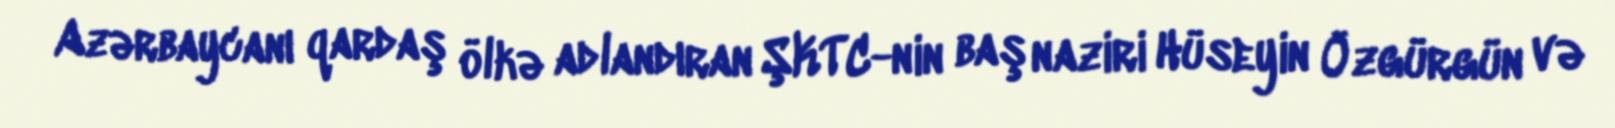
Azərbaycanı qardaş ölkə adlandıran ŞKTC-nin baş naziri Hüseyin Özgürgün və